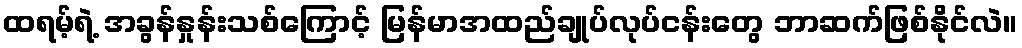
ထရမ့်ရဲ့ အခွန်နှုန်းသစ်ကြောင့် မြန်မာအထည်ချုပ်လုပ်ငန်းတွေ ဘာဆက်ဖြစ်နိုင်လဲ။